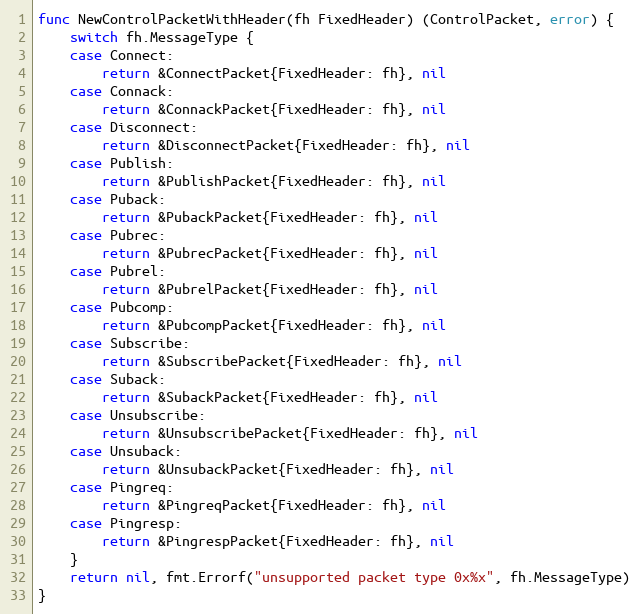
Language: Go
func NewControlPacketWithHeader(fh FixedHeader) (ControlPacket, error) {
	switch fh.MessageType {
	case Connect:
		return &ConnectPacket{FixedHeader: fh}, nil
	case Connack:
		return &ConnackPacket{FixedHeader: fh}, nil
	case Disconnect:
		return &DisconnectPacket{FixedHeader: fh}, nil
	case Publish:
		return &PublishPacket{FixedHeader: fh}, nil
	case Puback:
		return &PubackPacket{FixedHeader: fh}, nil
	case Pubrec:
		return &PubrecPacket{FixedHeader: fh}, nil
	case Pubrel:
		return &PubrelPacket{FixedHeader: fh}, nil
	case Pubcomp:
		return &PubcompPacket{FixedHeader: fh}, nil
	case Subscribe:
		return &SubscribePacket{FixedHeader: fh}, nil
	case Suback:
		return &SubackPacket{FixedHeader: fh}, nil
	case Unsubscribe:
		return &UnsubscribePacket{FixedHeader: fh}, nil
	case Unsuback:
		return &UnsubackPacket{FixedHeader: fh}, nil
	case Pingreq:
		return &PingreqPacket{FixedHeader: fh}, nil
	case Pingresp:
		return &PingrespPacket{FixedHeader: fh}, nil
	}
	return nil, fmt.Errorf("unsupported packet type 0x%x", fh.MessageType)
}